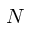
N